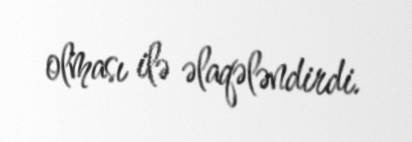
olması ilə əlaqələndirdi.